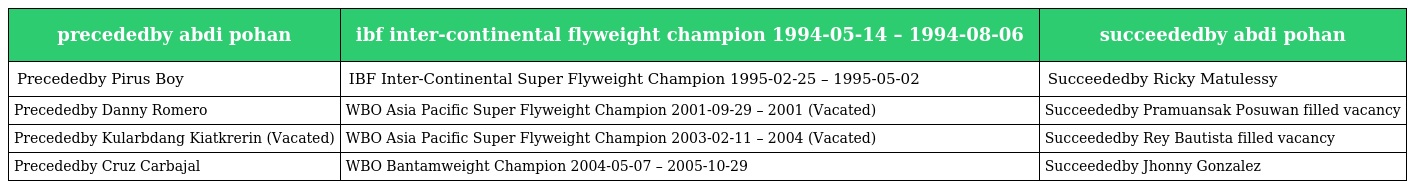
| precededby abdi pohan | ibf inter-continental flyweight champion 1994-05-14 – 1994-08-06 | succeededby abdi pohan |
 | --- | --- | --- |
 | Precededby Pirus Boy | IBF Inter-Continental Super Flyweight Champion 1995-02-25 – 1995-05-02 | Succeededby Ricky Matulessy |
 | Precededby Danny Romero | WBO Asia Pacific Super Flyweight Champion 2001-09-29 – 2001 (Vacated) | Succeededby Pramuansak Posuwan filled vacancy |
 | Precededby Kularbdang Kiatkrerin (Vacated) | WBO Asia Pacific Super Flyweight Champion 2003-02-11 – 2004 (Vacated) | Succeededby Rey Bautista filled vacancy |
 | Precededby Cruz Carbajal | WBO Bantamweight Champion 2004-05-07 – 2005-10-29 | Succeededby Jhonny Gonzalez |